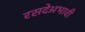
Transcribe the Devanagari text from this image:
रसदेअभावी